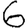
Digit: 6